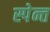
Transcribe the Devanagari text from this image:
स्पेन्त